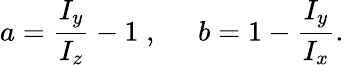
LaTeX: a=\frac{I_{y}}{I_{z}}-1\; ,\; \; \; \; \; b=1-\frac{I_{y}}{I_{x}}.